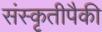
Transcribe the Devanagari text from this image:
संस्कृतीपैकी